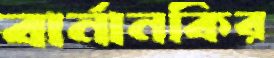
বার্নানকির